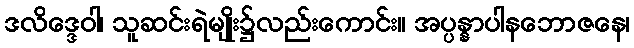
ဒလိဒ္ဒေဝါ၊ သူဆင်းရဲမျိုး၌လည်းကောင်း။ အပ္ပန္နာပါနဘောဇနေ၊